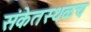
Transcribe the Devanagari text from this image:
संकेतस्थळच